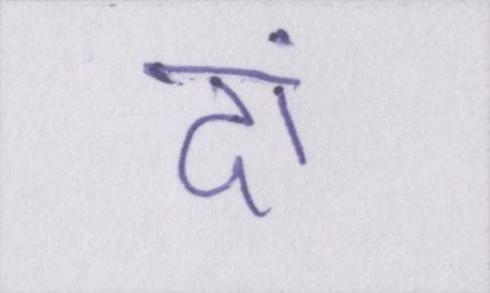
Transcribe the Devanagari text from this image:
दां।